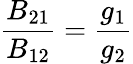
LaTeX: {\frac{B_{21}}{B_{12}}}={\frac{g_{1}}{g_{2}}}